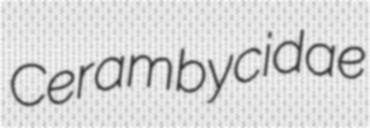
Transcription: Cerambycidae